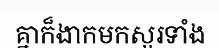
គ្នាក៏ងាកមកសួរទាំង